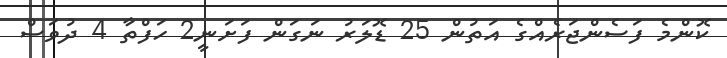
ކޮންމެ ފަސެންޖަރެއްގެ އަތުން 25 ޑޮލަރު ނަގަން ފަށަނީ2 ހަފްތާ 4 ދުވަސް